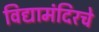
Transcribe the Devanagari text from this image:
विद्यामंदिरचे